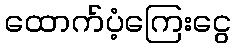
ထောက်ပံ့ကြေးငွေ